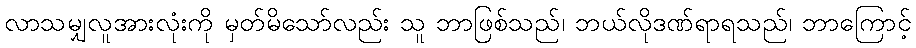
လာသမျှလူအားလုံးကို မှတ်မိသော်လည်း သူ ဘာဖြစ်သည်၊ ဘယ်လိုဒဏ်ရာရသည်၊ ဘာကြောင့်